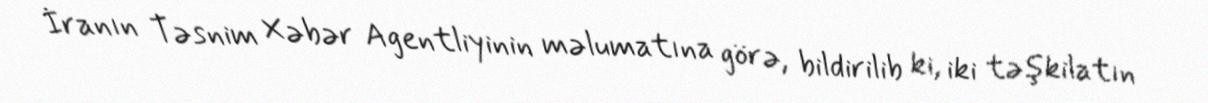
İranın Təsnim Xəbər Agentliyinin məlumatına görə, bildirilib ki, iki təşkilatın